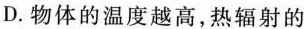
D.物体的温度越高，热辐射的